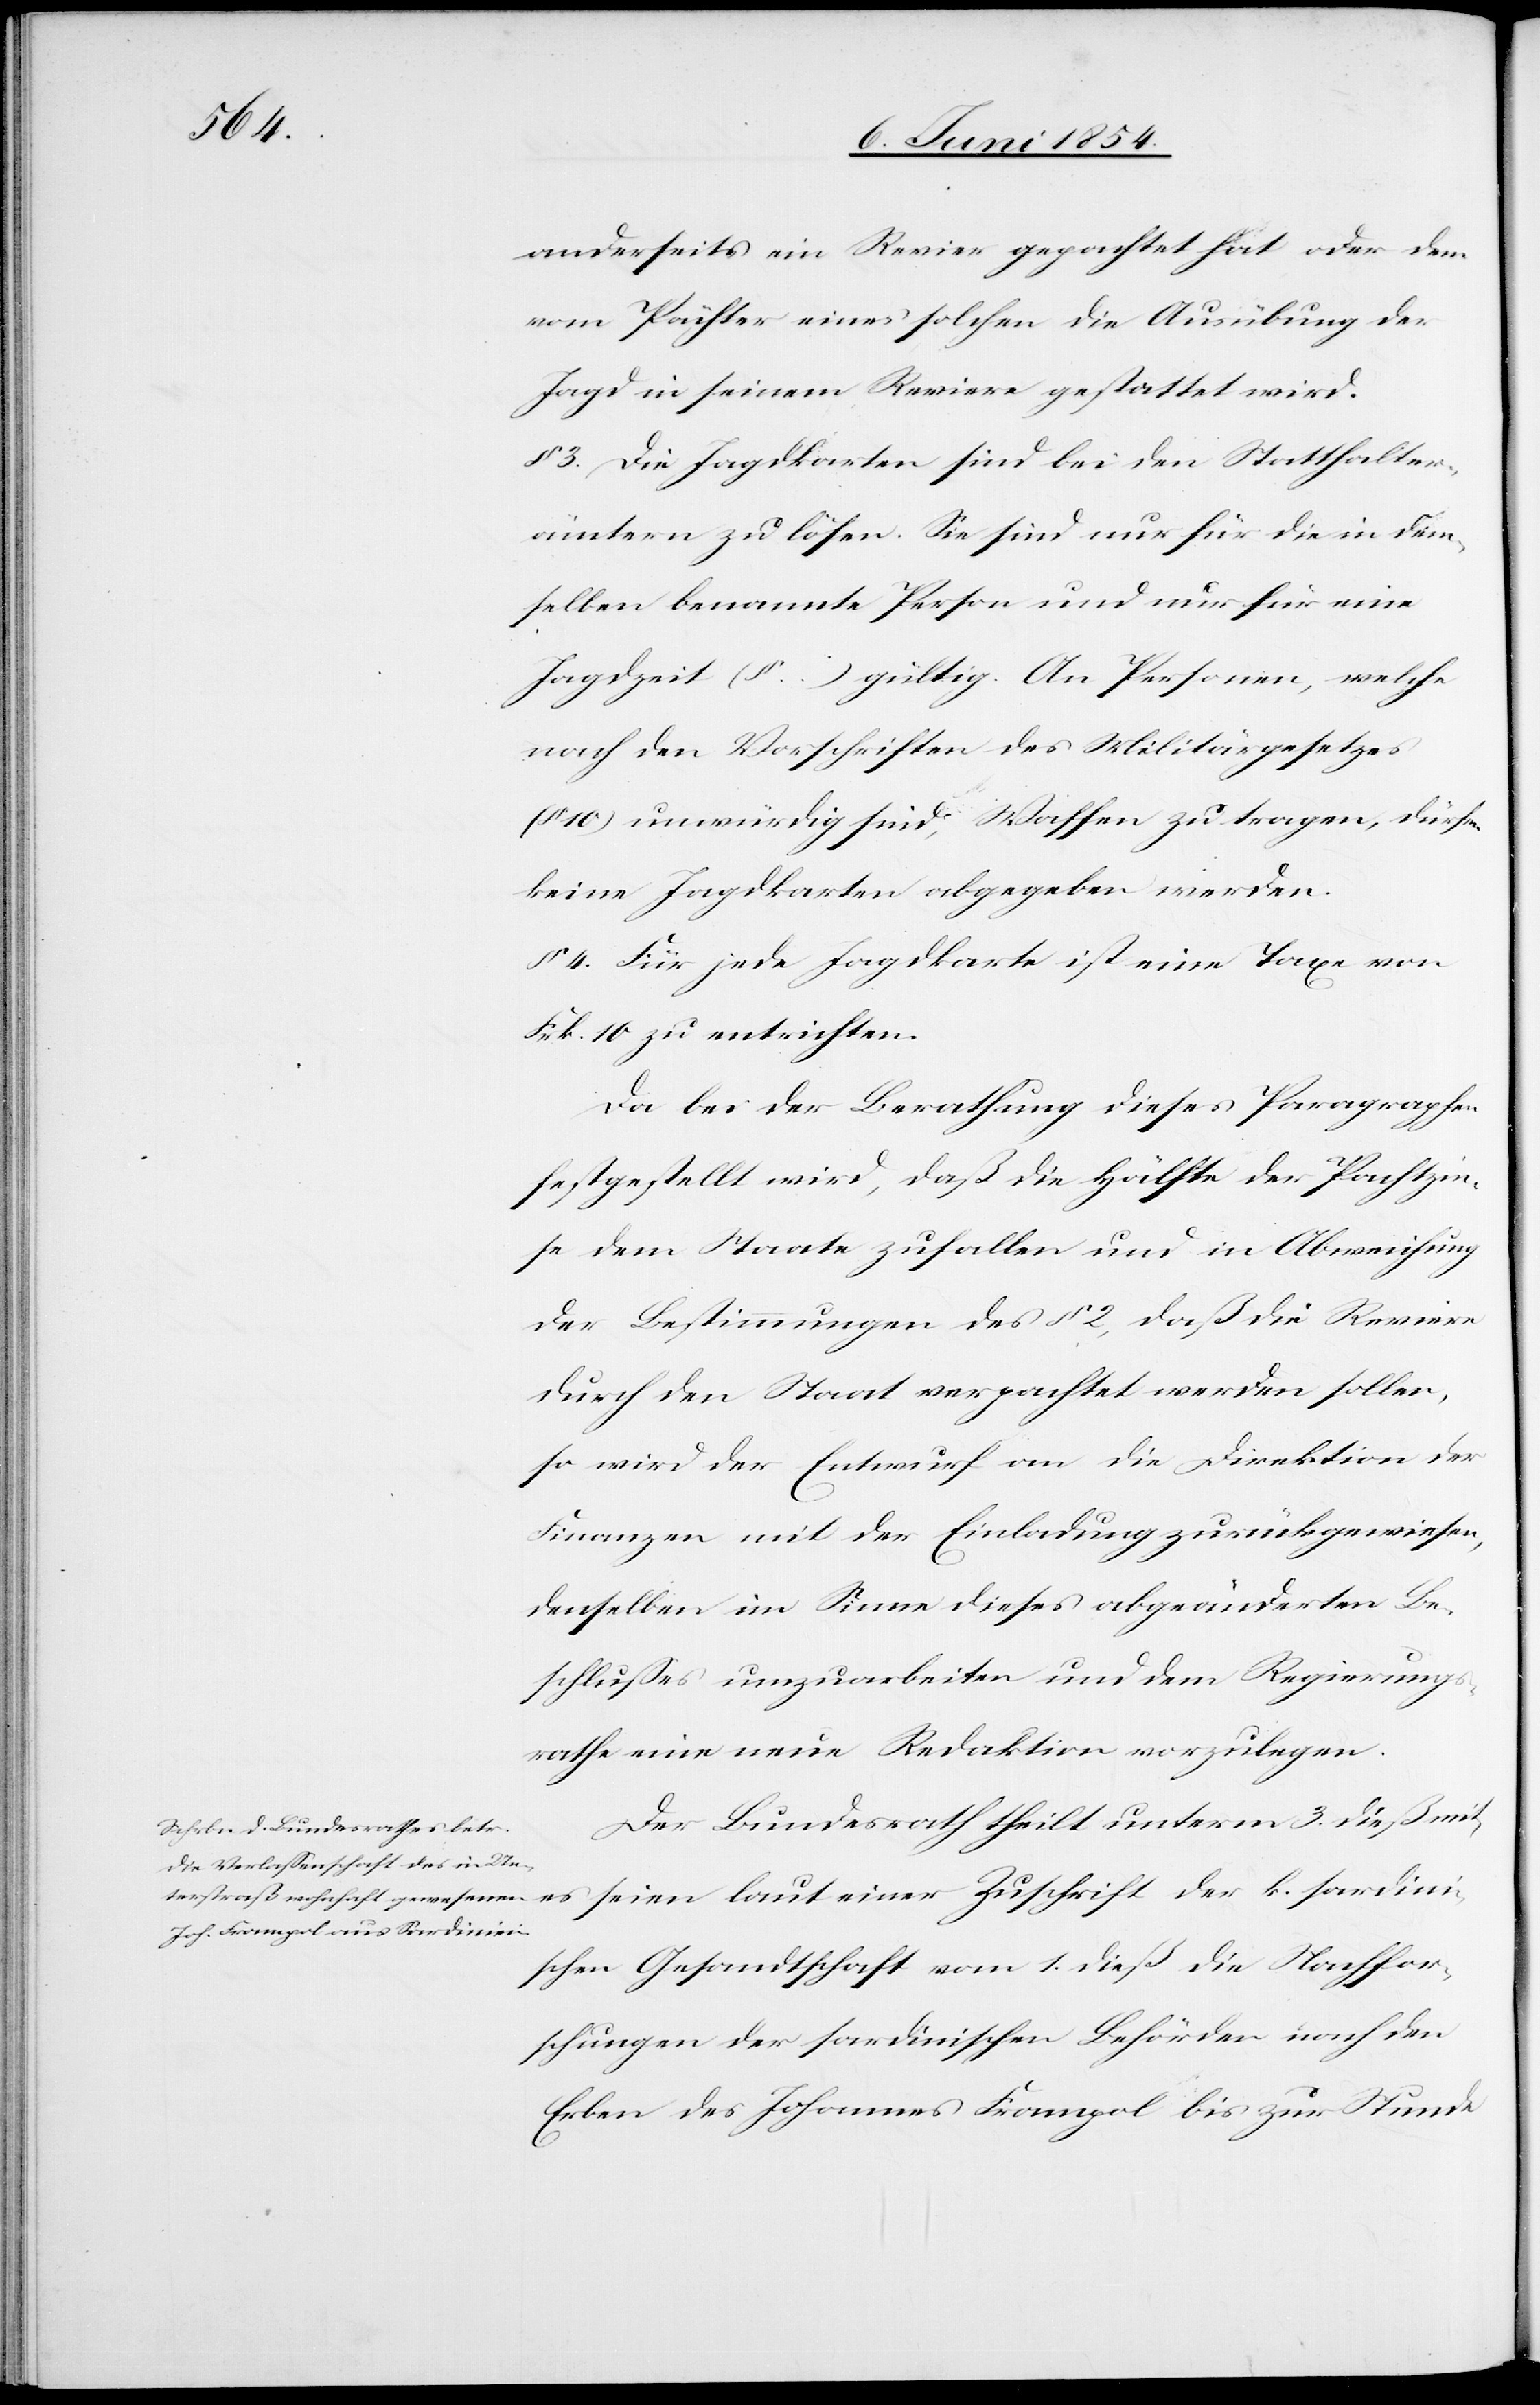
anderseits ein Revier gepachtet hat oder dem
vom Pächter eines solchen die Ausübung der
Jagd in seinem Reviere gestattet wird.
§ 3. Die Jagdkarten sind bei den Statthalter¬
ämtern zu lösen. Sie sind nur für die in dem¬
selben benannte Person und nur für eine
Jagdzeit (§. …) gültig. An Personen, welche
nach den Vorschriften des Militärgesetzes
10) unwürdig sind, Waffen zu tragen, dürfen
keine Jagdkarten abgegeben werden.
§ 4. Für jede Jagdkarte ist eine Taxe von
Frk. 10 zu entrichten.
Da bei der Berathung dieses Paragraphen
festgestellt wird, daß die Hälfte der Pachtzin¬
se dem Staate zufallen und in Abweichung
der Bestimmungen des § 2, daß die Reviere
durch den Staat verpachtet werden sollen,
so wird der Entwurf an die Direktion der
Finanzen mit der Einladung zurückgewiesen,
denselben im Sinne dieses abgeänderten Be¬
schlußes umzuarbeiten und dem Regierungs¬
rathe eine neue Redaktion vorzulegen.
Der Bundesrath theilt unterm 3. dieß mit,
es seien laut einer Zuschrift der k. sardini¬
schen Gesandtschaft vom 1. dieß die Nachfor¬
schungen der sardinischen Behörden nach den
Erben des Johannes Frampol bis zur Stunde